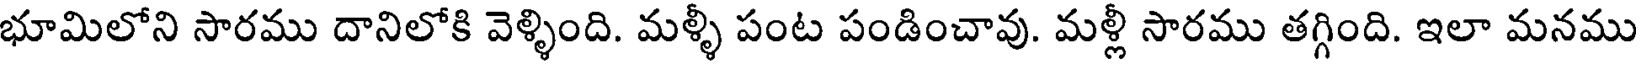
భూమిలోని సారము దానిలోకి వెళ్ళింది. మళ్ళీ పంట పండించావు. మళ్లీ సారము తగ్గింది. ఇలా మనము